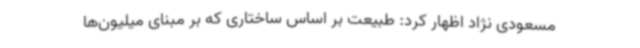
مسعودی نژاد اظهار کرد: طبیعت بر اساس ساختاری که بر مبنای میلیون‌ها